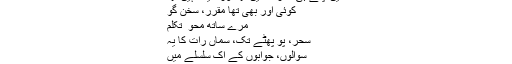
میں اپنے ہی کمرے میں تھا اور اکیلا نہیں تھا
کوئی اور بھی تھا مقرّر، سخن گو
مرے ساتھ محو ِ تکلم
سحر، پو پھٹے تک، سماں رات کا یہ
سوالوں، جوابوں کے اک سلسلے میں
بہم گفتگو، ہم کلامی میں گذرا !